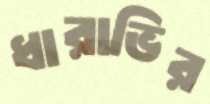
ধারাভির